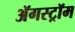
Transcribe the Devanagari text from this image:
ॲगस्ट्रॉम